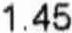
1.45